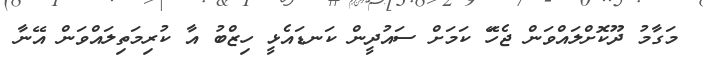
މަގާމު ދޫކޮށްލައްވަން ޖެހޭަ ކަމަށް ސައުދީން ކަނޑައެޅީ ހިޒްބު އާ ކުރިމަތިލައްވަން އޭނާ